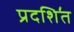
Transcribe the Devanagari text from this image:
प्रदशि॔त